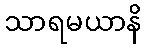
သာရမယာနိ